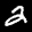
Label: 2